Indian journal of veterinary science and animal husbandry - Volume 11,
Year: 1941
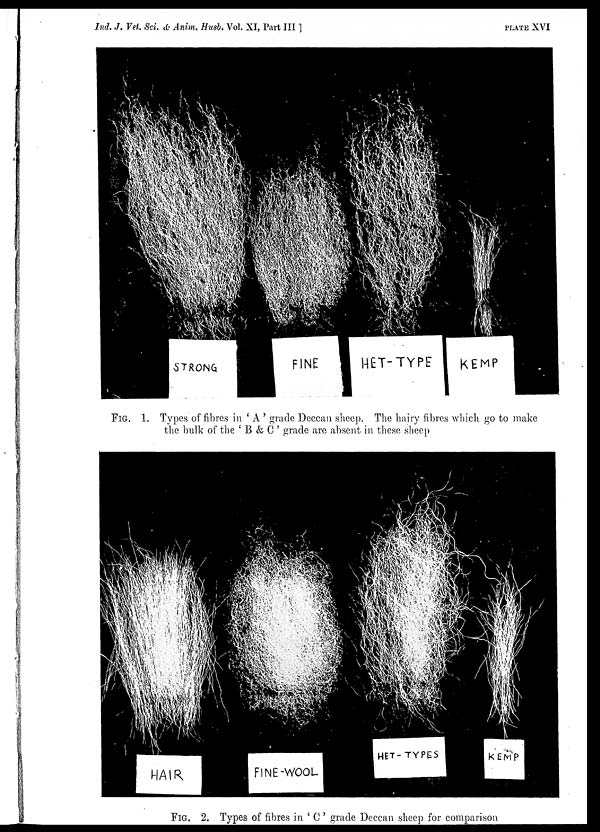
Ind. J. Vet. Sci. & Anim. Husb. Vol. XI, Part III
]
PLATE
XVI
FIG. 1. Types of fibres in ' A ' grade Deccan sheep. The hairy fibres which go to make
the bulk of the ' B & C ' grade are absent in these sheep
FIG. 2. Types of fibres in ' C ' grade Deccan sheep for comparison